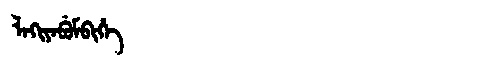
Manchu: ᠯᠠᡴᡳᠶᠠᠪᡠᠮᠪᡳᡥᡝ
Romanization: LAKIYABUMBIHE